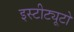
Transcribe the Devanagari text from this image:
इस्टीट्यूटो